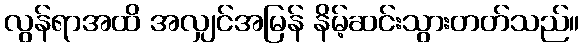
လွန်ရာအထိ အလျှင်အမြန် နိမ့်ဆင်းသွားတတ်သည်။